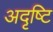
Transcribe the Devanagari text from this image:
अदृष्टि